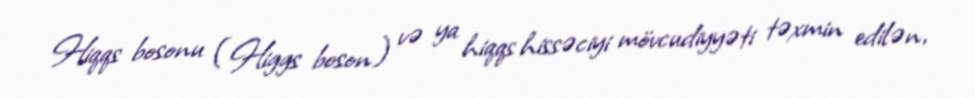
Hiqqs bosonu (Higgs boson) və ya hiqqs hissəciyi mövcudiyyəti təxmin edilən,